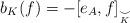
LaTeX: \begin{align*} b_K(f)=-[e_A, f]_{\underset{K}{\smile}}\end{align*}